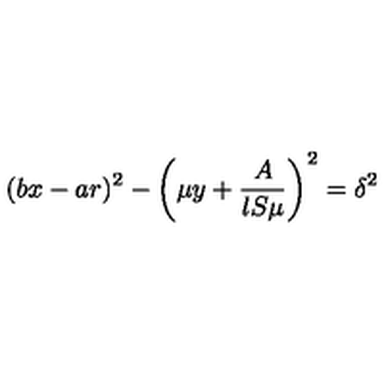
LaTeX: ( b x - a r ) ^ { 2 } - \left( \mu y + \frac { A } { l S \mu } \right) ^ { 2 } = \delta ^ { 2 }